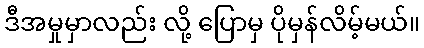
ဒီအမှုမှာလည်း လို့ ပြောမှ ပိုမှန်လိမ့်မယ်။